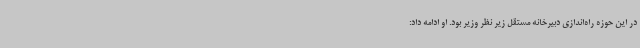
در این حوزه راه‌اندازی دبیرخانه مستقل زیر نظر وزیر بود. او ادامه داد: